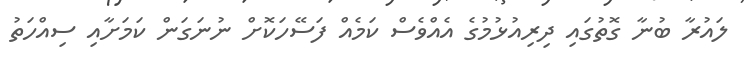
ލައުރާ ބުނާ ގޮތުގައި ދިރިއުޅުމުގެ އެއްވެސް ކަމެއް ފަސޭހަކޮށް ނުނަގަން ކަމަށާއި ސިއްހަތު